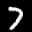
Label: 7